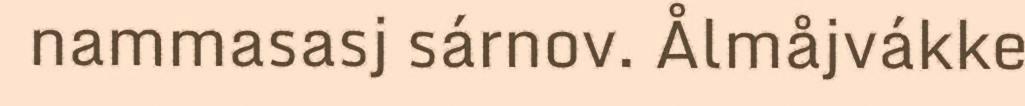
nammasasj sárnov. Ålmåjvákke